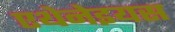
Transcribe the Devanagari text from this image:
एथेनेइयस